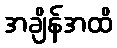
အချိန်အထိ